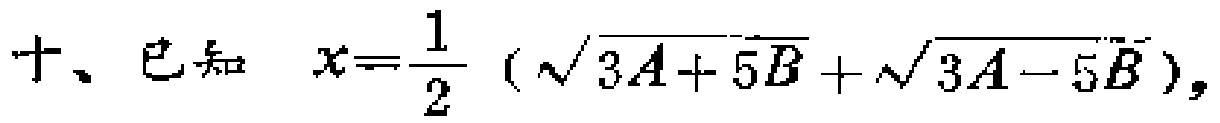
十、已知 \(x = \frac{1}{2}(\sqrt{3A + 5B}+\sqrt{3A - 5B})\)，